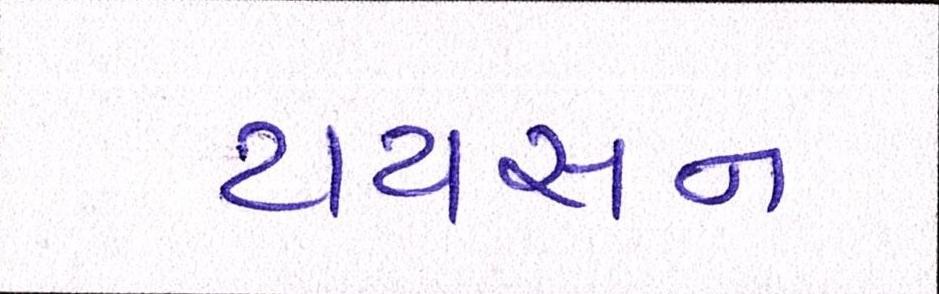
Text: ટાયસન